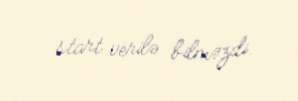
start verilə bilməzdi.